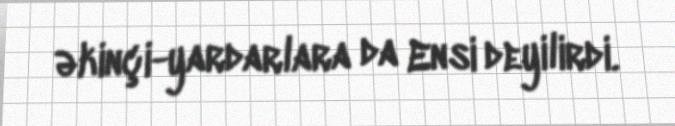
əkinçi-yardarlara da Ensi deyilirdi.